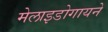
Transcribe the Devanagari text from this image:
मेलाइडोगायने